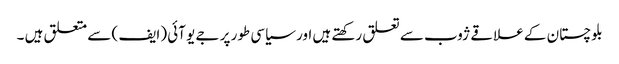
بلوچستان کے علاقے ژوب سے تعلق رکھتے ہیں اور سیاسی طور پر جے یو آئی (ایف ) سے متعلق ہیں ۔